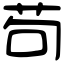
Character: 苟